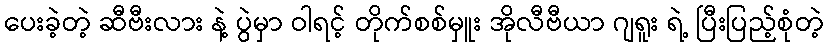
ပေးခဲ့တဲ့ ဆီဗီးလား နဲ့ ပွဲမှာ ဝါရင့် တိုက်စစ်မှူး အိုလီဗီယာ ဂျရူး ရဲ့ ပြီးပြည့်စုံတဲ့